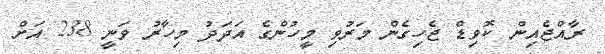
ރާއްޖެއިން ކޮވިޑް ޖެހިގެން މަރުވި މީހުންގެ އަދަދު މިހާރު ވަނީ 238 އަށް